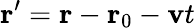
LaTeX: \mathbf{r}^{\prime}=\mathbf{r}-\mathbf{r}_{0}-\mathbf{v}t